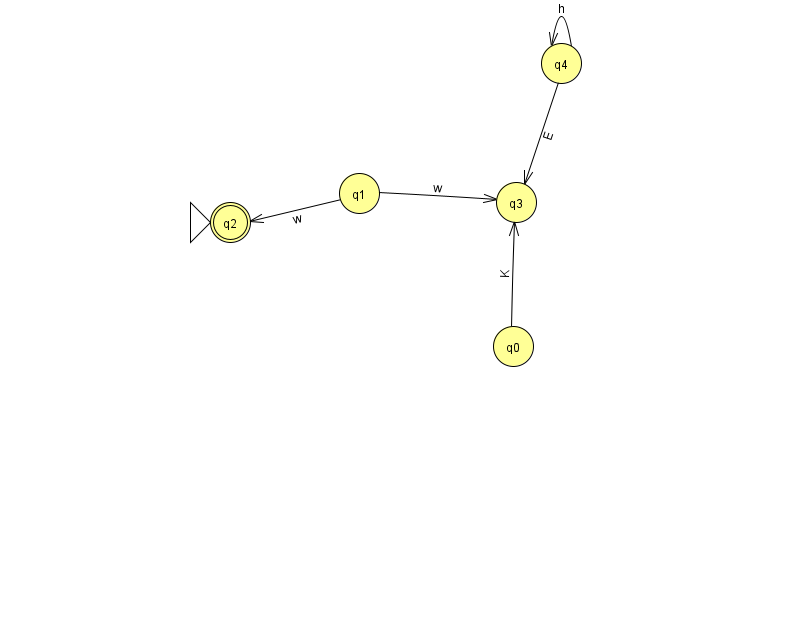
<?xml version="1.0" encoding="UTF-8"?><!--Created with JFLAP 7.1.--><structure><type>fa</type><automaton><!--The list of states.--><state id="0" name="q0"><x>513.0</x><y>333.0</y></state><state id="1" name="q1"><x>359.0</x><y>180.0</y></state><state id="2" name="q2"><x>230.0</x><y>209.0</y><initial/><final/></state><state id="3" name="q3"><x>516.0</x><y>189.0</y></state><state id="4" name="q4"><x>561.0</x><y>50.0</y></state><!--The list of transitions.--><transition><from>0</from><to>3</to><read>K</read></transition><transition><from>4</from><to>3</to><read>E</read></transition><transition><from>1</from><to>3</to><read>w</read></transition><transition><from>4</from><to>4</to><read>h</read></transition><transition><from>1</from><to>2</to><read>w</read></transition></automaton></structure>